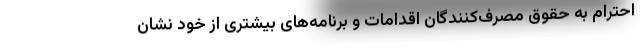
احترام به حقوق مصرف‌کنندگان اقدامات و برنامه‌های بیشتری از خود نشان